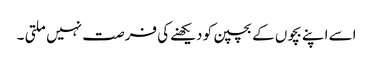
اسے اپنے بچوں کے بچپن کو دیکھنےکی فرصت نہیں ملتی ۔